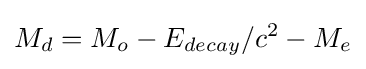
M_{d}=M_{o}-E_{decay}/c^{2}-M_{e}